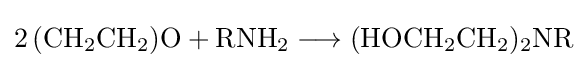
{2\,(\mathrm {CH} {\vphantom {A}}_{\smash[{t}]{2}}\mathrm {CH} {\vphantom {A}}_{\smash[{t}]{2}})\mathrm {O} {}+{}\mathrm {RNH} {\vphantom {A}}_{\smash[{t}]{2}}{}\mathrel {\longrightarrow } {}(\mathrm {HOCH} {\vphantom {A}}_{\smash[{t}]{2}}\mathrm {CH} {\vphantom {A}}_{\smash[{t}]{2}}){\vphantom {A}}_{\smash[{t}]{2}}\mathrm {NR} }